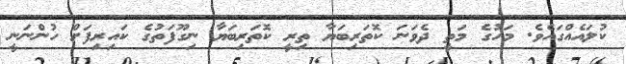
ކުލައެއްގައެވެ. މަހުގެ މަތީ ދެވަނަ ކޮތަރިބަޔާ ތިރީ ކޮތަރިބަޔާ ނިގޫފަތުގެ ކައިރިފަށް ހުންނަނީ